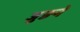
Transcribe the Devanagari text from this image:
जुङने